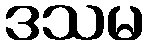
ဒသမ